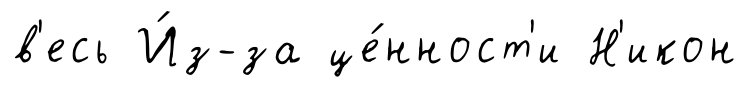
в'есь И́з-за це́нност'и Н'икон